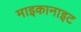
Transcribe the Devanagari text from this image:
माइकानाइट